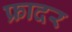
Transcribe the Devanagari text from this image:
फ्रादर